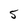
Character: 5